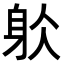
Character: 𨈦